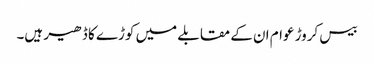
بیس کروڑ عوام ان کے مقابلے میں کوڑے کا ڈھیر ہیں۔